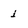
Character: i